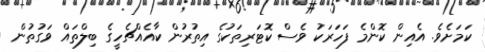
ކަމަށެވެ. އެއިން ކޮންމެ ފަހަރަކު ވެސް ކޮޓަރިތަކުގެ އިތުރުން ކާއެއްޗެހީގެ ބިލްތައް ވަގުތުން